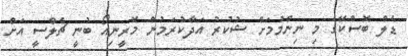
ޑެލް ބޮސްކޭގެ މި ނިންމުމަށް ޝުކުރު އަދާކުރަމުން މޮރީނިއޯ ބުނީ ޗެލްސީ އަށް